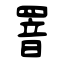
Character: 罯